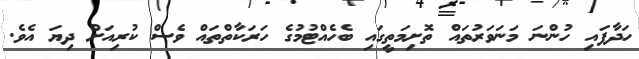
ހަދާފައި ހުންނަ މަނަވަރުތައް ތޮށިމަތީގައި ބެހެއްޓުމުގެ ހަރަކާތްތައް ވެސް ކުރިއަށް ދިޔަ އެވެ.